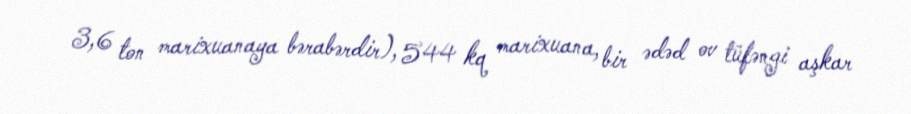
3,6 ton marixuanaya bərabərdir), 544 kq marixuana, bir ədəd ov tüfəngi aşkar